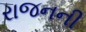
રાજનની